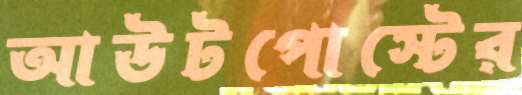
আউটপোস্টের